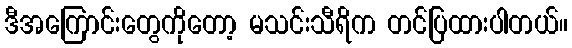
ဒီအကြောင်းတွေကိုတော့ မသင်းသီရိက တင်ပြထားပါတယ်။